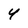
Character: 4